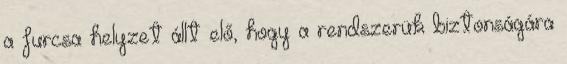
a furcsa helyzet állt elő, hogy a rendszerük biztonságára